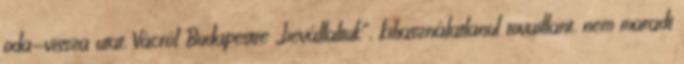
oda-vissza utat, Vácról Budapestre „bevál­lal­tuk”, kihasználatlanul tovaillant, nem maradt